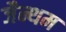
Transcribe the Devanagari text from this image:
जैन्थम